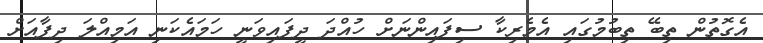
އެގޮތުން ތިބޭ ތިބުމުގައި އެމެރިކާ ސިފައިންނަށް ހުއްދަ ދީފައިވަނީ ހަމައެކަނި އަމިއްލަ ދިފާއަށް